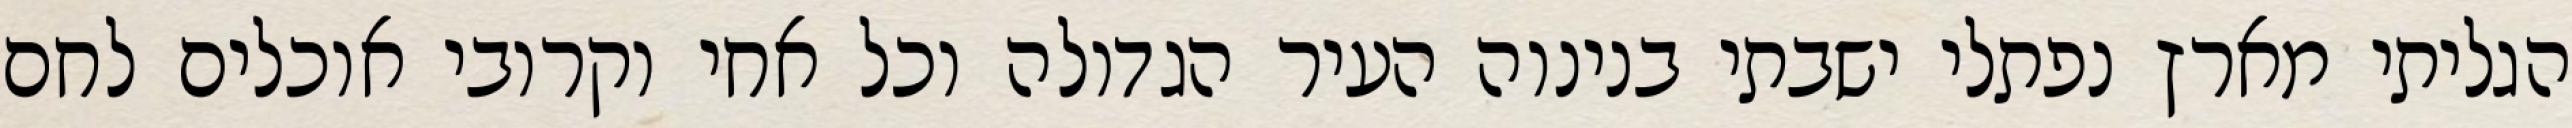
הגליתי מארץ נפתלי ישבתי בנינוה העיר הגדולה וכל אחי וקרובי אוכלים לחם